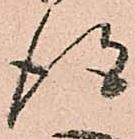
得